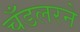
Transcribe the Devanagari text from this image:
चँडलरने